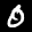
Label: 0